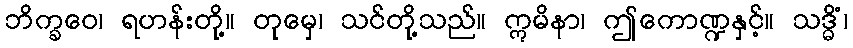
ဘိက္ခဝေ၊ ရဟန်းတို့။ တုမှေ၊ သင်တို့သည်။ ဣမိနာ၊ ဤကောဏ္ဍနှင့်။ သဒ္ဓိံ၊